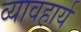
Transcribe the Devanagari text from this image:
व्यावहार्य